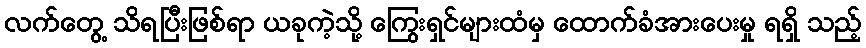
လက်တွေ့ သိရပြီးဖြစ်ရာ ယခုကဲ့သို့ ကြွေးရှင်များထံမှ ထောက်ခံအားပေးမှု ရရှိ သည့်